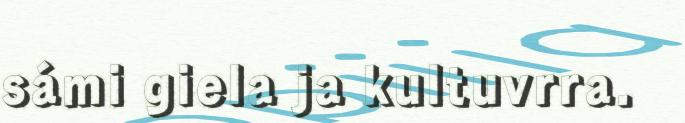
sámi giela ja kultuvrra.